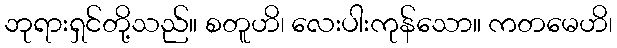
ဘုရားရှင်တို့သည်။ စတူဟိ၊ လေးပါးကုန်သော။ ကတမေဟိ၊